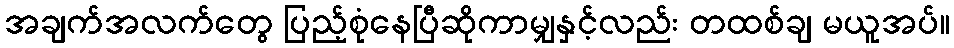
အချက်အလက်တွေ ပြည့်စုံနေပြီဆိုကာမျှနှင့်လည်း တထစ်ချ မယူအပ်။